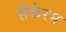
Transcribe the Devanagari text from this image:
सैकेरम